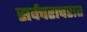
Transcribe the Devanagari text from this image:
सर्वचराचरात